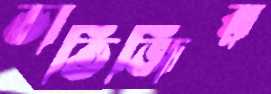
ভাতিজির